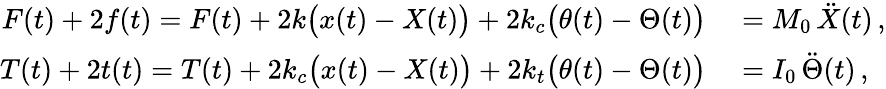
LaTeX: \begin{array}{rl}{F(t)+2f(t)=F(t)+2k\big(x(t)-X(t)\big)+2k_{c}\big(\theta(t)-\Theta(t)\big)}&{{}=M_{0}\, \ddot{X}(t)\, ,}\\ {T(t)+2t(t)=T(t)+2k_{c}\big(x(t)-X(t)\big)+2k_{t}\big(\theta(t)-\Theta(t)\big)}&{{}=I_{0}\, \ddot{\Theta}(t)\, ,}\end{array}